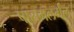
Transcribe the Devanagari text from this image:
पासमलर्गल